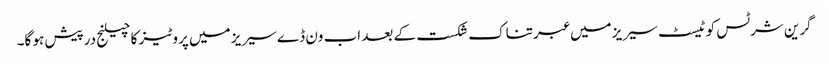
گرین شرٹس کو ٹیسٹ سیریز میں عبرتناک شکست کے بعد اب ون ڈے سیریز میں پروٹیز کا چیلنج درپیش ہو گا۔